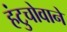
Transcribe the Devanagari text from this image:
हंटुचोवाने